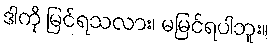
ဒါကို မြင်ရသလား၊ မမြင်ရပါဘူး။